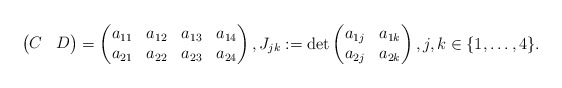
\begin{align*} \begin{pmatrix} C & D \end{pmatrix} = \begin{pmatrix} a_{11} & a_{12} & a_{13} & a_{14} \\ a_{21} & a_{22} & a_{23} & a_{24} \end{pmatrix}, J_{jk} := \det \begin{pmatrix} a_{1j} & a_{1k} \\ a_{2j} & a_{2k} \end{pmatrix}, j,k\in\{1,\ldots,4\}.\end{align*}